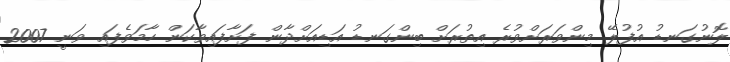
ލޮނުގަނޑު އުފުލޭ މިންވަރަށްވުރެ އިތުރަށް ބިންގަނޑު އަޑިއަށްދާން ފަށާފައިވާކަން ހާމަވެފައި ވަނީ 2007